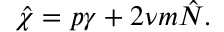
\hat { \chi } = p \gamma + 2 \nu m \hat { { \cal N } } .